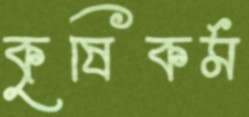
কৃষিকর্ম